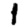
Digit: 1